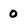
Character: 0